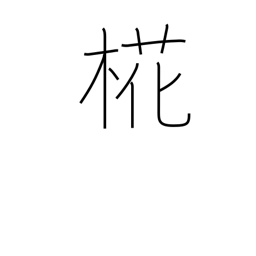
Meaning: birch